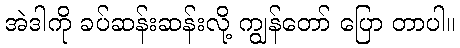
အဲဒါကို ခပ်ဆန်းဆန်းလို့ ကျွန်တော် ပြော တာပါ။